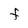
Character: f